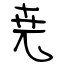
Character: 尭